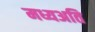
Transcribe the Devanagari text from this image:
मध्यअति